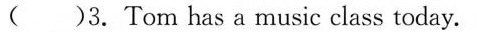
( )3. Tom has a music class today.